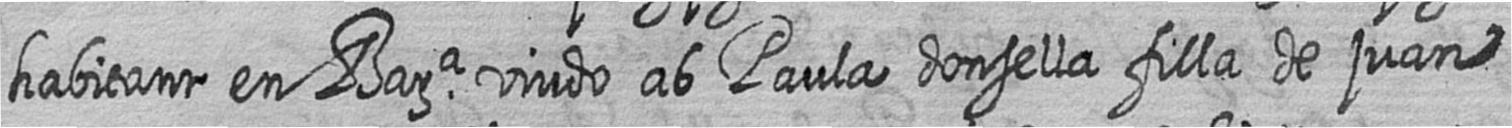
habitant en Bara viudo ab Paula donsella filla de juan